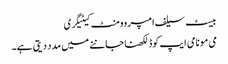
بیسٹ سیلف امپروومنٹ کیٹیگری
می مو نامی ایپ کوڈ لکھنا جاننے میں مدد دیتی ہے۔